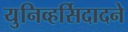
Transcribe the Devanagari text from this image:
युनिव्हर्सिदादने